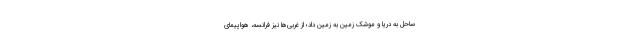
ساحل به دریا و موشک زمین به زمین داد؛ از غربی‌ها نیز فرانسه، هواپیمای